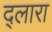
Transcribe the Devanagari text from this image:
द्लारा